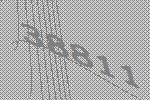
38811